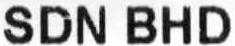
SDN BHD